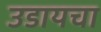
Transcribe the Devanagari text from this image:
उडायचा